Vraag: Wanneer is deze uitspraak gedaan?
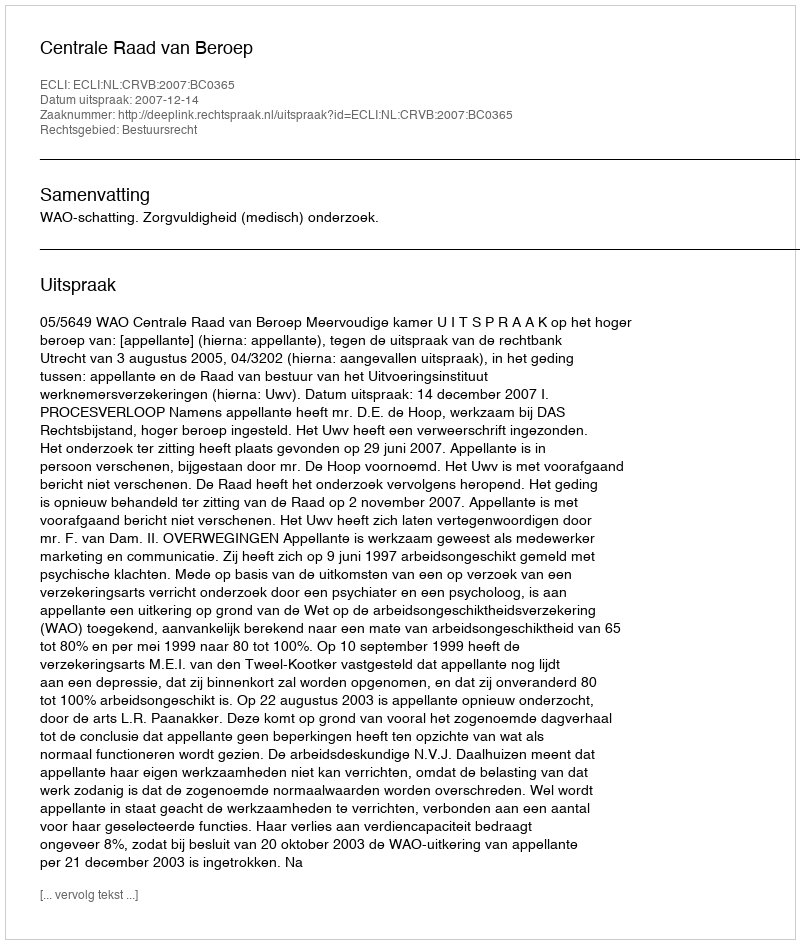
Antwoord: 2007-12-14